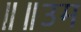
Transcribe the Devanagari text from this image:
॥॥उम